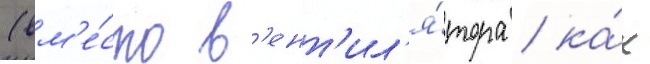
(вм'е́сто в'ент'ил'я́тора / ка́к